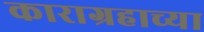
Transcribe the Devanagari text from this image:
काराग्रहाच्या